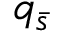
q _ { \bar { s } }